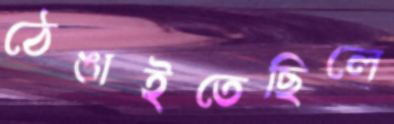
ঠেঙাইতেছিলে